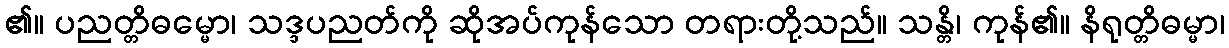
၏။ ပညတ္တိဓမ္မော၊ သဒ္ဒပညတ်ကို ဆိုအပ်ကုန်သော တရားတို့သည်။ သန္တိ၊ ကုန်၏။ နိရုတ္တိဓမ္မာ၊